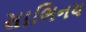
સાભિનય